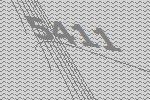
5411